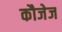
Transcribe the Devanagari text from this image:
कौजेज